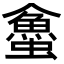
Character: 𧓀